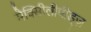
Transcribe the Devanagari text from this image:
मैक्सीिलीपीड्ज़